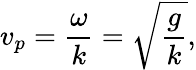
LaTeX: v_{p}={\frac{\omega}{k}}={\sqrt{\frac{g}{k}}},